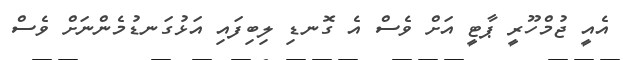
އެއީ ޖުމްހޫރީ ޕާޓީ އަށް ވެސް އެ ގޮނޑި ލިބިފައި އަޅުގަނޑުމެންނަށް ވެސް